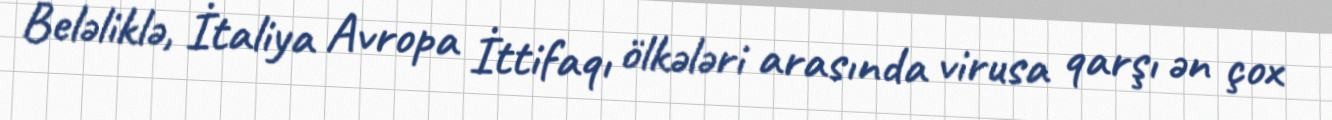
Beləliklə, İtaliya Avropa İttifaqı ölkələri arasında virusa qarşı ən çox